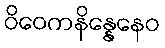
ဝိဝေကနိန္နေနေဝ